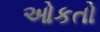
ઓકતો